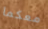
معكما